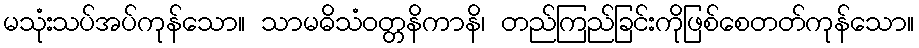
မသုံးသပ်အပ်ကုန်သော။ သာမဓိသံဝတ္တနိကာနိ၊ တည်ကြည်ခြင်းကိုဖြစ်စေတတ်ကုန်သော။